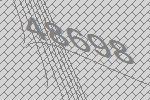
48698